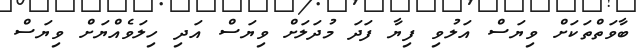
ބާވަތްތަކަށް ވިޔަސް އަލުވި ފިޔާ ފަދަ މުދަލަށް ވިޔަސް އަދި ހިލަވެއްޔަށް ވިޔަސް